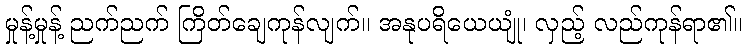
မှုန့်မှုန့် ညက်ညက် ကြိတ်ချေကုန်လျက်။ အနုပရိယေယျုံ၊ လှည့် လည်ကုန်ရာ၏။